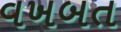
વખબત